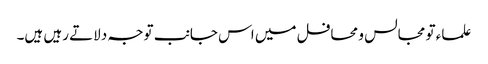
علماء تو مجالس و محافل میں اس جانب توجہ دلاتے رہیں ہیں۔